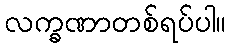
လက္ခဏာတစ်ရပ်ပါ။